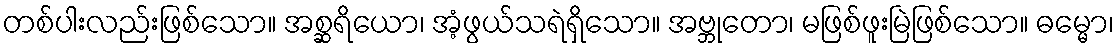
တစ်ပါးလည်းဖြစ်သော။ အစ္ဆရိယော၊ အံ့ဖွယ်သရဲရှိသော။ အဗ္ဘုတော၊ မဖြစ်ဖူးမြဲဖြစ်သော။ ဓမ္မော၊